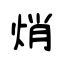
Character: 焇